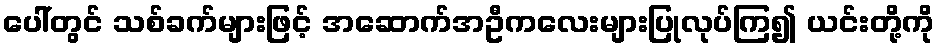
ပေါ်တွင် သစ်ခက်များဖြင့် အဆောက်အဦကလေးများပြုလုပ်ကြ၍ ယင်းတို့ကို